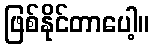
ဖြစ်နိုင်တာပေါ့။